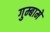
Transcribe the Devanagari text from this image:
गुम्बामे